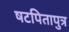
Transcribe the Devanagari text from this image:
षटपितापुत्र